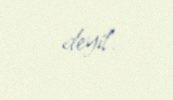
deyil.